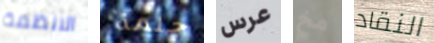
الانظمة حلمة عرس مخ النقاد